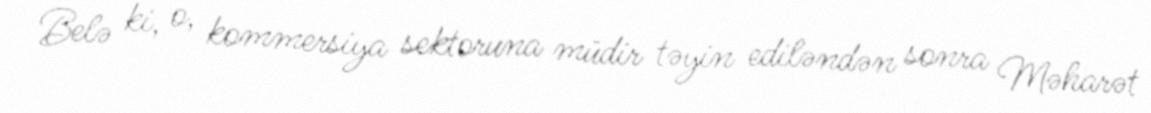
Belə ki, o, kommersiya sektoruna müdir təyin ediləndən sonra Məharət